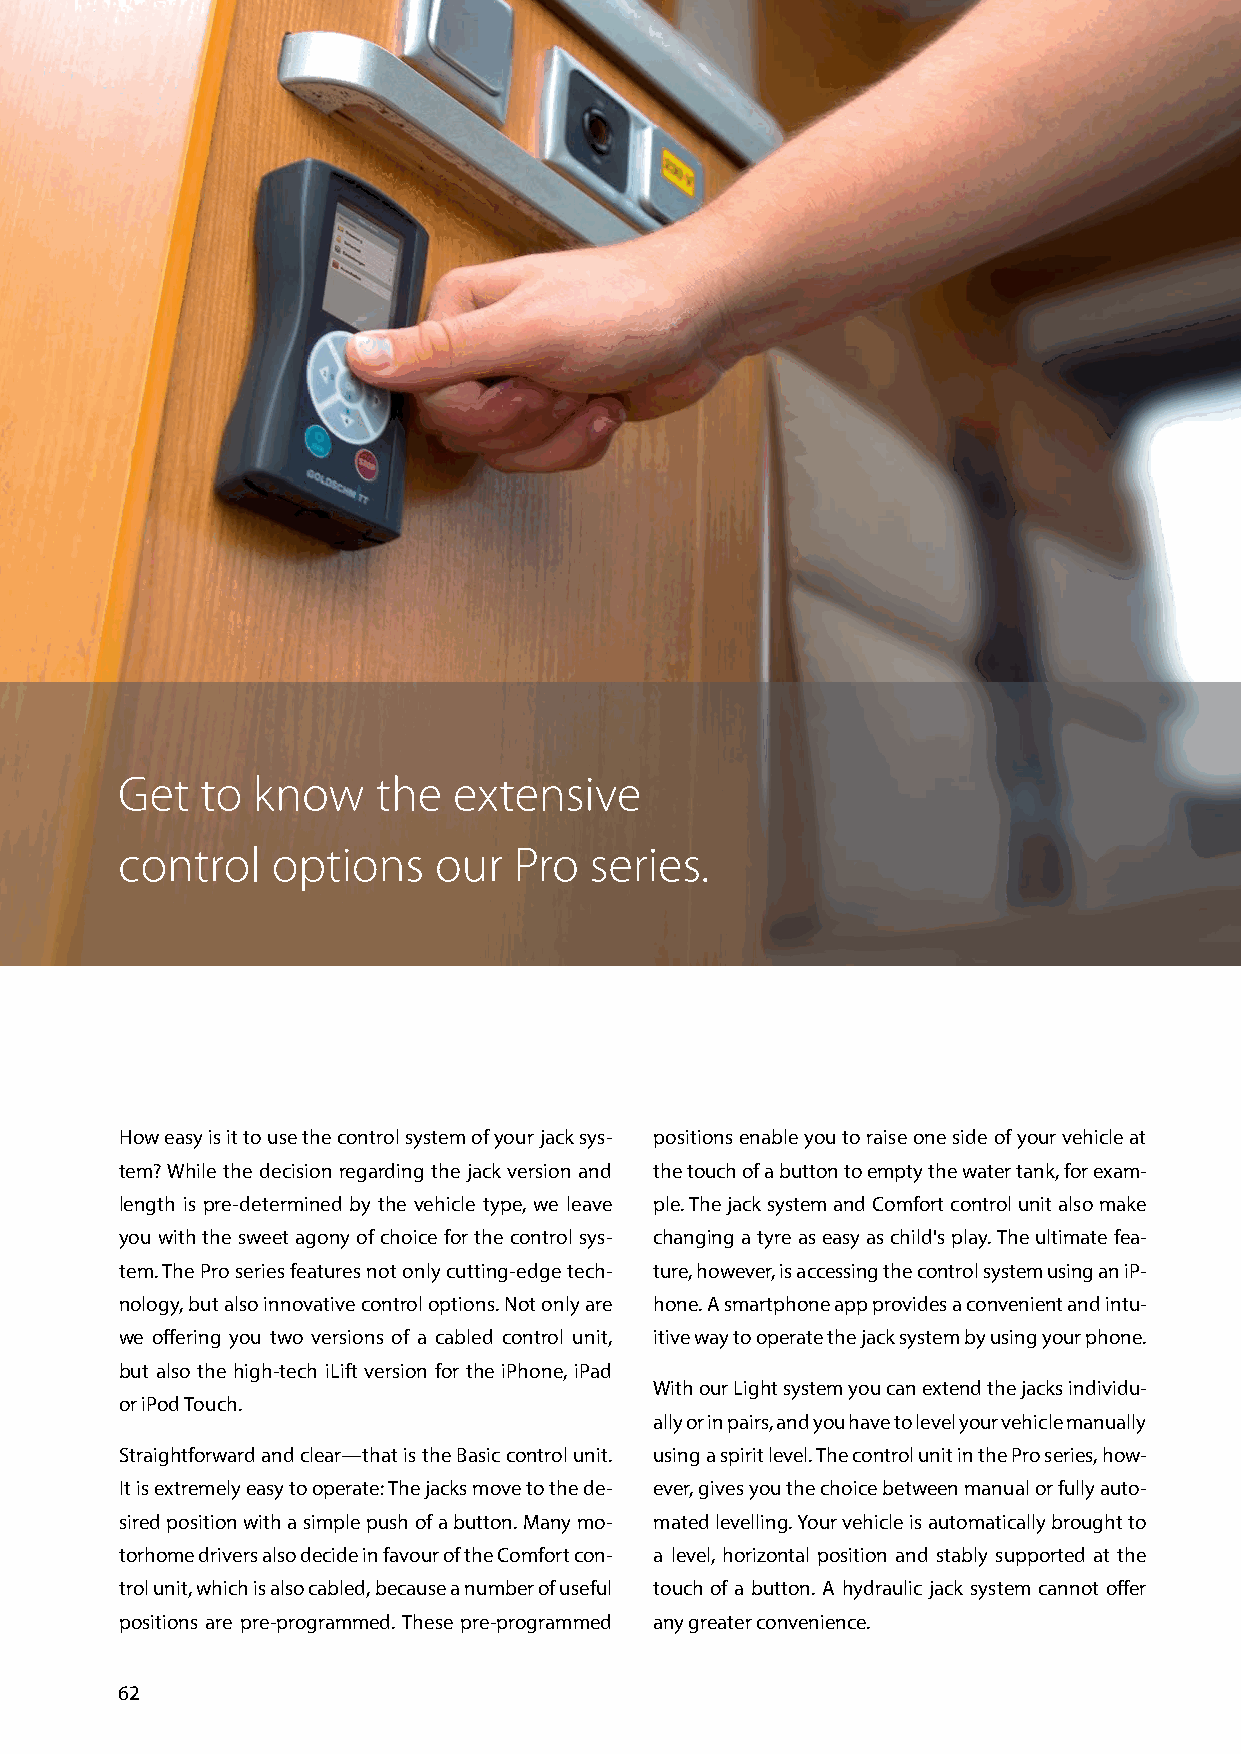
Get  to  know    the  extensive
 control   options    our  Pro  series.
 How easy is it to use the control system of your jack sys- positions enable you to raise one side of your vehicle at
 tem? While the decision regarding the jack version and the touch of a button to empty the water tank, for exam-
 length is pre-determined by the vehicle type, we leave ple. The jack system and Comfort control unit also make
 you with the sweet agony of choice for the control sys- changing a tyre as easy as child's play. The ultimate fea-
 tem. The Pro series features not only cutting-edge tech- ture, however, is accessing the control system using an iP-
 nology, but also innovative control options. Not only are hone. A smartphone app provides a convenient and intu-
 we offering you two versions of a cabled control unit, itive way to operate the jack system by using your phone.
 but also the high-tech iLift version for the iPhone, iPad
 With our Light system you can extend the jacks individu-
 or iPod Touch.
 ally or in pairs, and you have to level your vehicle manually
 Straightforward and clear—that is the Basic control unit. using a spirit level. The control unit in the Pro series, how-
 It is extremely easy to operate: The jacks move to the de- ever, gives you the choice between manual or fully auto-
 sired position with a simple push of a button. Many mo- mated levelling. Your vehicle is automatically brought to
 torhome drivers also decide in favour of the Comfort con- a level, horizontal position and stably supported at the
 trol unit, which is also cabled, because a number of useful touch of a button. A hydraulic jack system cannot offer
 positions are pre-programmed. These pre-programmed any greater convenience.
 62